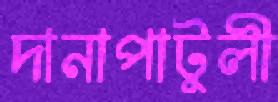
দানাপাটুলী